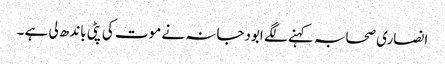
انصاری صحابہ کہنے لگے ابودجانہ نے موت کی پٹی باندھ لی ہے ۔